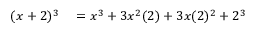
\begin{array} { r l } { ( x + 2 ) ^ { 3 } } & { { } = x ^ { 3 } + 3 x ^ { 2 } ( 2 ) + 3 x ( 2 ) ^ { 2 } + 2 ^ { 3 } } \end{array}